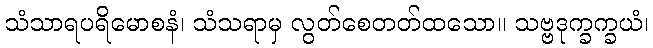
သံသာရပရိမောစနံ၊ သံသရာမှ လွတ်စေတတ်ထသော။ သဗ္ဗဒုက္ခက္ခယံ၊